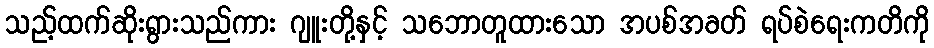
သည့်ထက်ဆိုးရွားသည်ကား ဂျူးတို့နှင့် သဘောတူထားသော အပစ်အခတ် ရပ်စဲရေးကတိကို